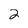
Character: 2